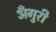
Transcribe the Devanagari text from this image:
अँगुरी